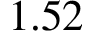
1 . 5 2